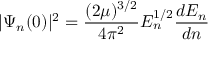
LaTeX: | \Psi _ { n } ( 0 ) | ^ { 2 } = \frac { ( 2 \mu ) ^ { 3 / 2 } } { 4 \pi ^ { 2 } } E _ { n } ^ { 1 / 2 } \frac { d E _ { n } } { d n }